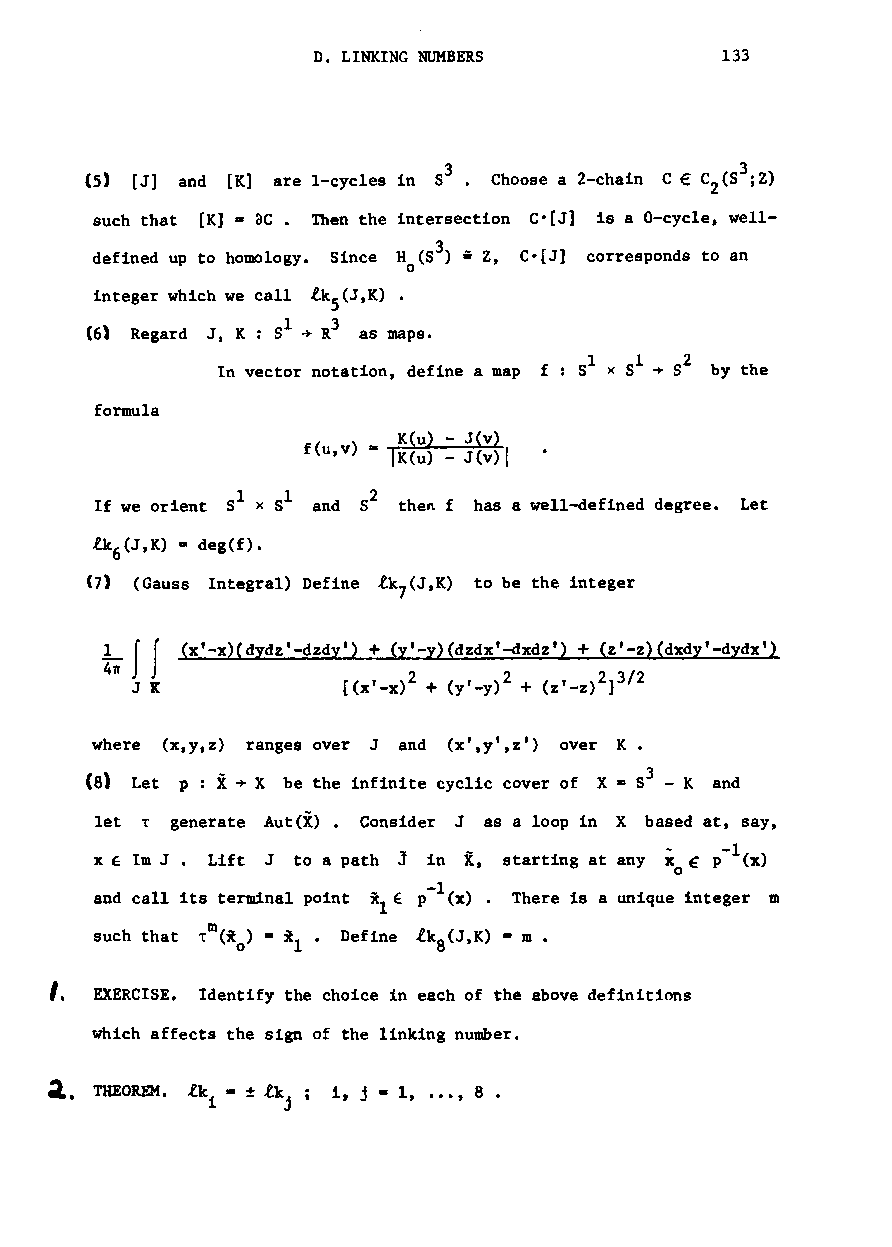
D. LINKING NUMBERS         133
 3
 (5) [J] and [K] are I-cycles in 53 • Choose a 2-chain C € C (S ;Z)
 2
 such that [K]· ac. Then the intersection C-[J] is a O-cycle, well-
 defined up to homology. Since H (S3) • Z, C-[J) corresponds to an
 o
 integer which we call lkS(J,K) .
 1  3
 (6) Regard J, K : 5 + R as maps.
 In vector notation, define a map f S1 x S1 + 52 by the
 formula
 f(u,v). K(u) - J(v)
 IK(u) - J(v)!
 If we orient 51 x Sl and 52 then f has a well-defined degree. Let
 lk (J,K) =deg(f).
 6
 (1) (Gauss Integral) Define lk (J,K) to be the integer
 7
 ~w JJ (x'-x)(dydz'-dzdy') + (y'-y)(dzdx'-dxdz') + (z'-z)(dxdy'-dydx')
 J K           [(x'_x)2 + (y'_y)2 + (z'_z)2]3/2
 where (x,y,z) ranges over J and (x',y',z') over K.
 Csl     X                            3
 Let p: + X be the infinite cyclic cover of X m 8 - K and
 let T generate Aut(X) . Consider J as a loop in X based at, say,
 ... -1
 x E 1m J. Lift J to a path j in i, starting at any Xo~ p (x)
 -1
 and call its terminal point xlE p (x) . There is a unique integer m
 m
 such that T (x ) • i • Define lka(J,K). m •
 o  l
 I.
 EXERCISE. Identify the choice in each of the above definitions
 which affects the sign of the linking number.
 a.
 THEOREM. lk - ± lk ; 1, j - 1, •••, 8 •
 1    j